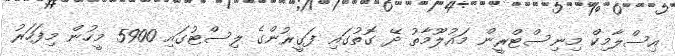
އިސްލާމިކް މިނިސްޓްރީން މައުލޫމާތު ދޭ ގޮތުގައި ފަގީރުންގެ ލިސްޓުގައި 5900 މީހުން މިފަހަރު